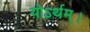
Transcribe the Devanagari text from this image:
योऽर्थम्।